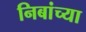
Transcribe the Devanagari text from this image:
निबांच्या